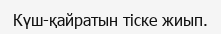
Күш-қайратын тіске жиып.